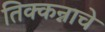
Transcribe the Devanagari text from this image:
तिक्कन्नाचे